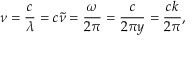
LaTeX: \nu = { \frac { c } { \lambda } } = c { \tilde { \nu } } = { \frac { \omega } { 2 \pi } } = { \frac { c } { 2 \pi y } } = { \frac { c k } { 2 \pi } } ,